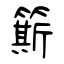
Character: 簛